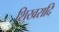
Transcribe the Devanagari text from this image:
शिखरादि